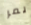
يمر